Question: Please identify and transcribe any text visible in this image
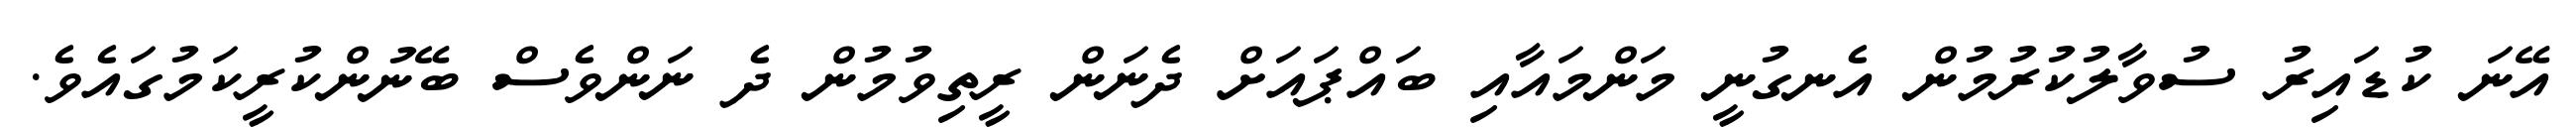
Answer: އޭނަ ކުޑައިރު ސުވާލުކުރުމުން އެނގުނީ މަންމައާއި ބައްޕައަށް ދެނަން ރީތިވުމުން ދެ ނަންވެސް ބޭނުންކުރީކަމުގައެވެ.